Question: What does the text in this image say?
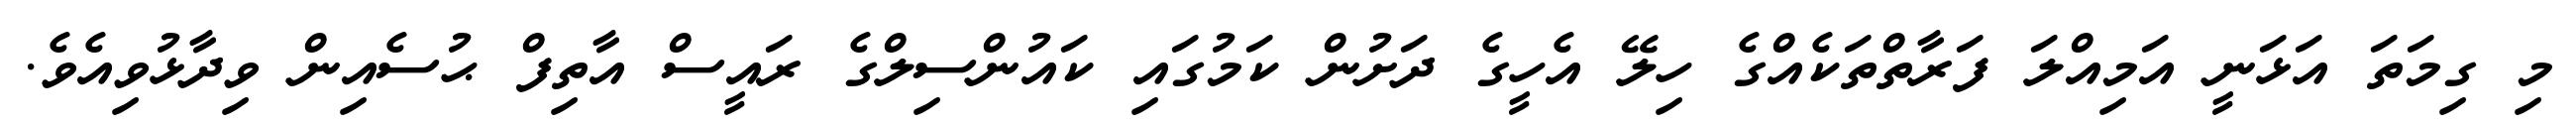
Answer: މި ގިމަތަ އަޅަނީ އަމިއްލަ ފަރާތްތަކެއްގެ ހިލޭ އެހީގެ ދަށުން ކަމުގައި ކައުންސިލްގެ ރައީސް އާތިފް ޙުސެއިން ވިދާޅުވިއެވެ.